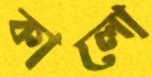
কালো